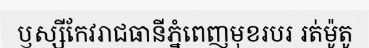
ឫស្សីកែវរាជធានីភ្នំពេញមុខរបរ រត់ម៉ូតូ